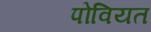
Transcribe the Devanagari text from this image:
पोवियत